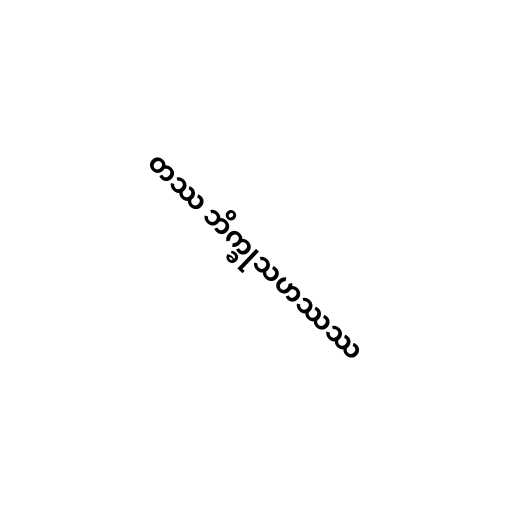
တဿ ဘိက္ခုသဟဿဿ